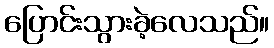
ပြောင်းသွားခဲ့လေသည်။